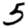
Digit: 5